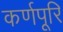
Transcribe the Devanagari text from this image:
कर्णपूरि